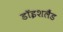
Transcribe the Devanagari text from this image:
डॉइशलैंड